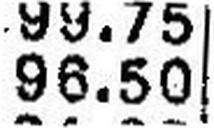
96.50